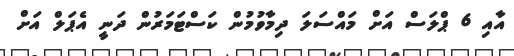
އާއި 6 ޕްލަސް އަށް މައްސަލަ ދިމާވުމުން ކަސްޓަމަރުން ދަނީ އެޕަލް އަށް